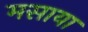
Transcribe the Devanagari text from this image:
मसाया